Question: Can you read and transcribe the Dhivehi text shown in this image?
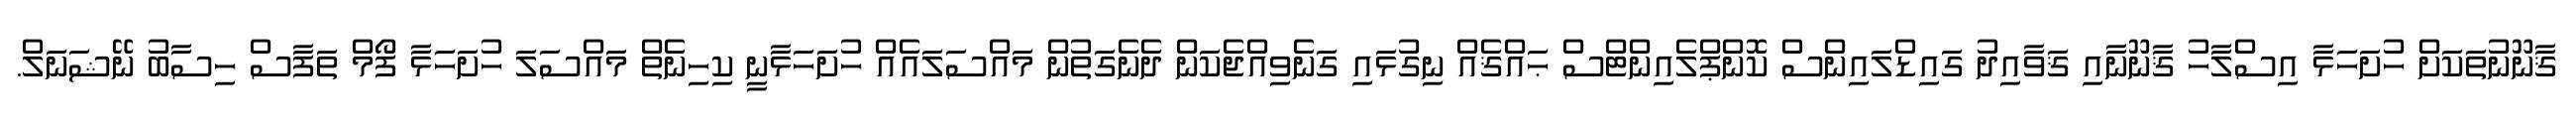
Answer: ޤާނޫނުތަކަށް ހުށަހަޅާ އިސްލާހު ޤާނޫނާއި ޤަވާއިދު ގައިޑްލައިންސް ކޮންޕްލެއިންޓްސް ޙައްޤެއް ނިގުޅައި ގަނެވިއްޖެކަން ދެނެގަތުން މައްސަލައެއް ހުށަހަޅާނީ ކިހިނެތް މައްސަލަ ހުށަހަޅާ ފޯމް ތަފާސް ހިސާބު ނޭޝަނަލް.